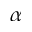
\alpha